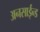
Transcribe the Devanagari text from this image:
अनसाईन्ड